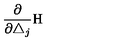
\frac \partial { \partial \triangle _ { j } } \mathrm { H }